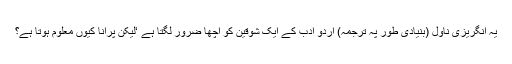
یہ انگریزی ناول (بنیادی طور پہ ترجمہ) اردو ادب کے ایک شوقین کو اچھا ضرور لگتا ہے ‘لیکن پرانا کیوں معلوم ہوتا ہے؟